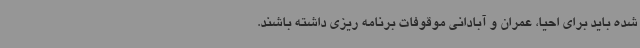
شده باید برای احیا، عمران و آبادانی موقوفات برنامه ریزی داشته باشند.